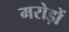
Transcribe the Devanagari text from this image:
मरोड़ों